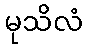
မုသိလံ